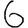
Digit: 6